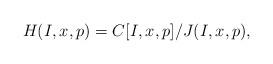
LaTeX: \begin{align*}H(I,x,p)=C[I,x,p]/J(I,x,p),\end{align*}